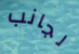
لجانب